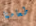
طعامنا